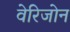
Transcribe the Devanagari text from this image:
वेरिजोन